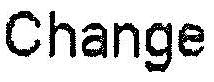
CHANGE